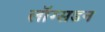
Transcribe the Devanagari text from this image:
लॉग्सडन